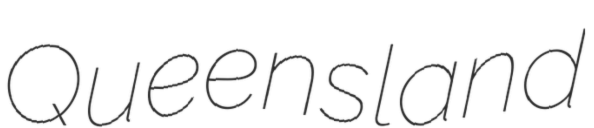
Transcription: Queensland